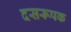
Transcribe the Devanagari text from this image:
दसरूपक